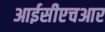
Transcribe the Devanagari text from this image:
आईसीएचआर